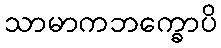
သာမာကဘက္ခောပိ